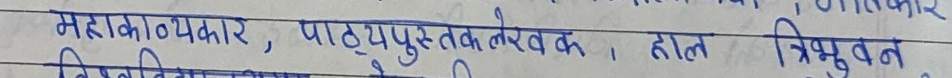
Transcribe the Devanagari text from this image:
महाकाव्यकार, पाठ्यपुस्तक लेखक, हाल त्रिभुवन